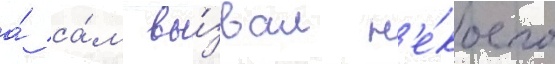
а́ са́м вы́звал н'е́коего